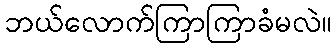
ဘယ်လောက်ကြာကြာခံမလဲ။